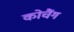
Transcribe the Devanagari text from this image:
कोचैंग